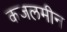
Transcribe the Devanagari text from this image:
कजलमीन